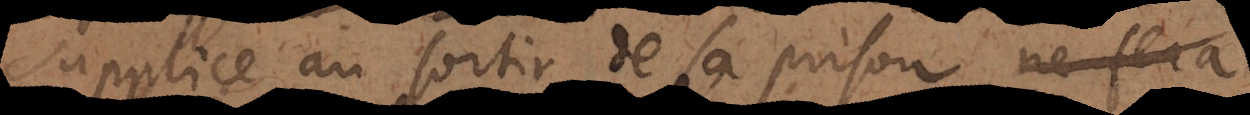
supplice au sortir de sa prison se plongera